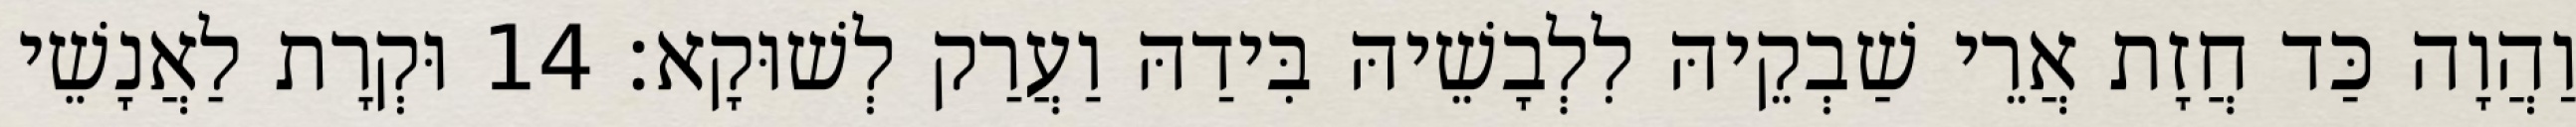
וַהֲוָה כַּד חֲזָת אֲרֵי שַׁבְקֵיהּ לִלְבָשֵׁיהּ בִּידַהּ וַעֲרַק לְשׁוּקָא׃ 14 וּקְרָת לַאֲנָשֵׁי